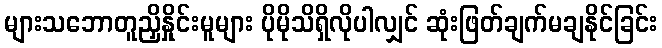
များသဘောတူညှိနှိုင်းမူများ ပိုမိုသိရှိလိုပါလျှင် ဆုံးဖြတ်ချက်မချနိုင်ခြင်း